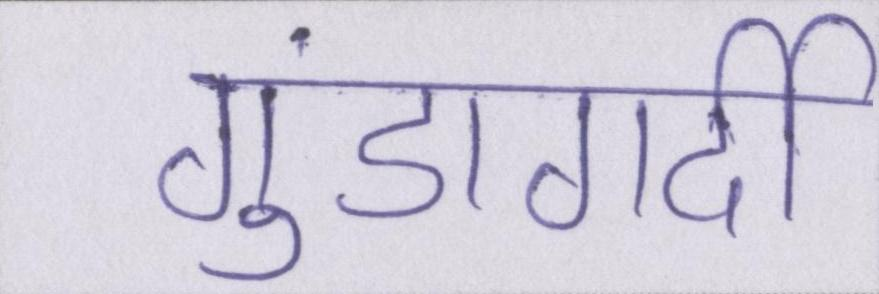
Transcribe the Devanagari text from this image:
गुंडागर्दी